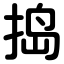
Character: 捣